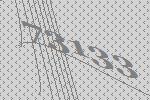
73133